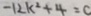
- 1 2 k ^ { 2 } + 4 = c